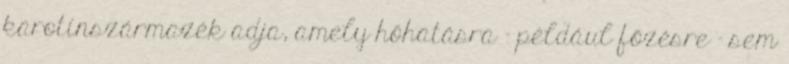
karotinszármazék adja, amely hőhatásra - például főzésre - sem